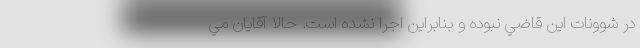
در شوونات اين قاضي نبوده و بنابراين اجرا نشده است. حالا آقايان مي